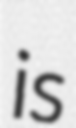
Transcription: is